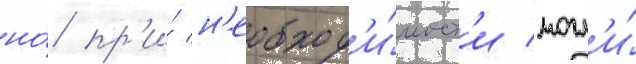
но́ пр'и́ н'еобход'и́мост'и могл'и́